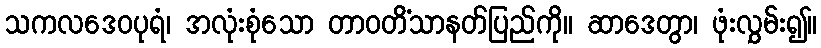
သကလဒေဝပုရံ၊ အလုံးစုံသော တာဝတိံသာနတ်ပြည်ကို။ ဆာဒေတွာ၊ ဖုံးလွှမ်း၍။